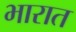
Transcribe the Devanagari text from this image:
भारात